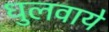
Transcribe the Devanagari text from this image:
धुलवाये